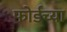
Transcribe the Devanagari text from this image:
फोर्डच्या